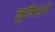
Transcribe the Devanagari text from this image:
लुमिअरे